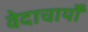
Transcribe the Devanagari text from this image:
वेदाचार्यों